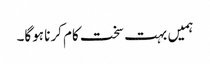
ہمیں بہت سخت کام کرنا ہوگا۔